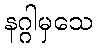
နဂ္ဂါမှသေ